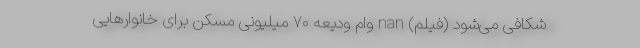
شکافی می‌شود (فیلم) nan وام ودیعه ۷۰ میلیونی مسکن برای خانوارهایی